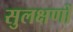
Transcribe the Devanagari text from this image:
सुलक्षणों